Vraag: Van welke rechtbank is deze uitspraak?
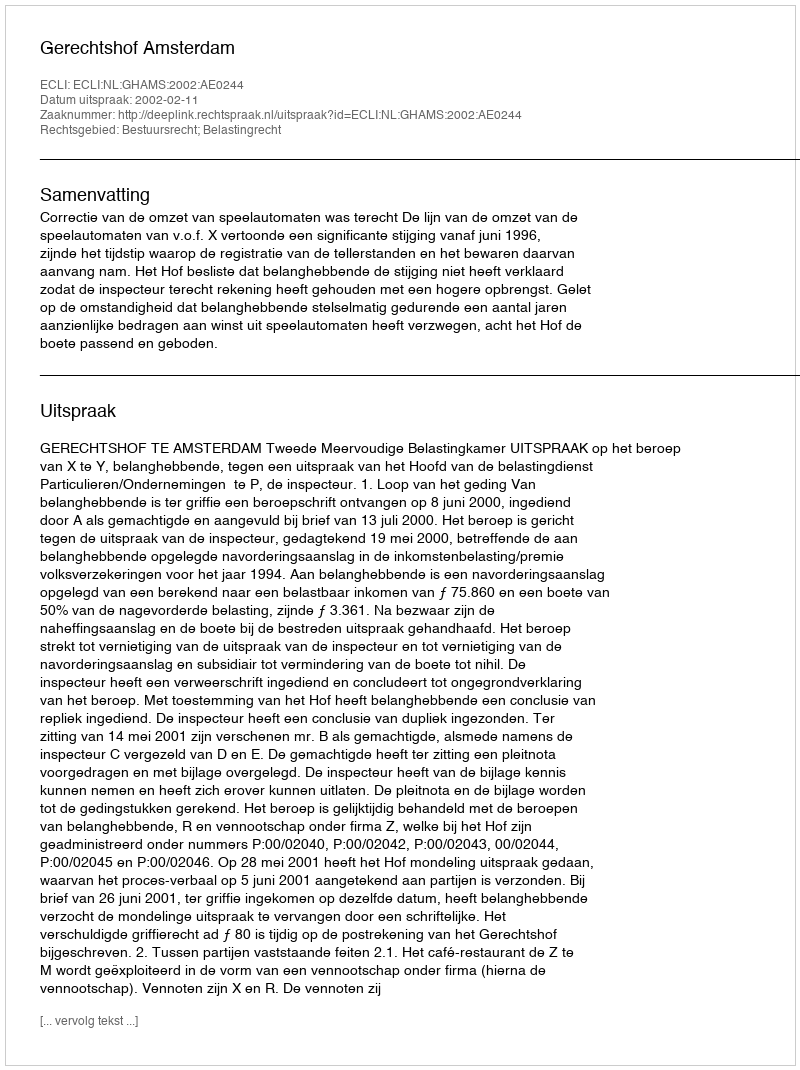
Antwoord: Gerechtshof Amsterdam